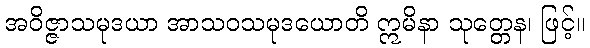
အဝိဇ္ဇာသမုဒယာ အာသဝသမုဒယောတိ ဣမိနာ သုတ္တေန၊ ဖြင့်။